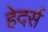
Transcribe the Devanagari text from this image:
हेदर्स